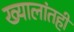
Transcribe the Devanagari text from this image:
ख्यालांतही